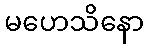
မဟေသိနော